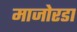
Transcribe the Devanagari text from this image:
माजोरडा